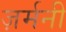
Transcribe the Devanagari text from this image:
ज़र्मनी